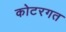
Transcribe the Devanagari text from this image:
कोटरगत